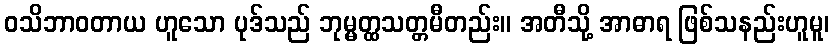
ဝသိဘာဝတာယ ဟူသော ပုဒ်သည် ဘုမ္မတ္ထသတ္တမီတည်း။ အတီသို့ အာဓာရ ဖြစ်သနည်းဟူမူ၊